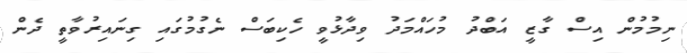
ނިމުމުން އިސް ގާޒީ އަބްދު މުހައްމަދު ވިދާޅުވީ ހެކިބަސް ނެގުމުގައި ގިނައިރުވާތީ ދެން